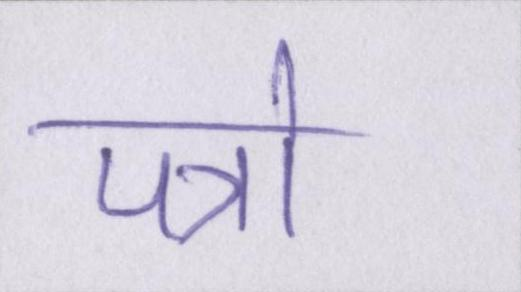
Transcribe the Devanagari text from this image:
पत्रो